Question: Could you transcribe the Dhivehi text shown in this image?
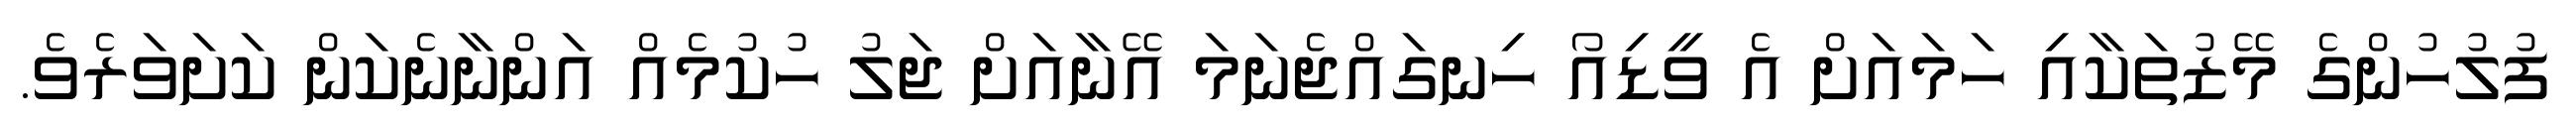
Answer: ފުލުހުންގެ މޭޒުތަކާއި ހަމައަށް އެ ވީޑިއޯ ހިނގައްޖެނަމަ އޭނާއަށް ޖަލު ހުކުމެއް އަންނާނެކަން ކަށަވަރެވެ.